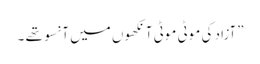
”آزاد کی موٹی موٹی آنکھوں میں آنسو تھے ۔